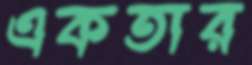
একতার